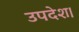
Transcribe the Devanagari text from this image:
उपदेश।